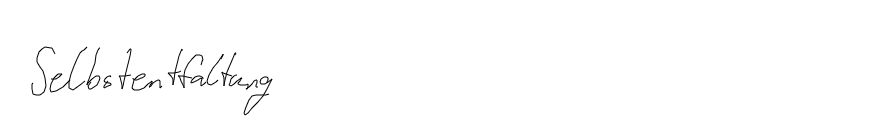
Selbstentfaltung